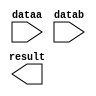
// megafunction wizard: %LPM_MULT%VBB%
// GENERATION: STANDARD
// VERSION: WM1.0
// MODULE: lpm_mult 

// ============================================================
// Megafunction Name(s):
// 			lpm_mult
//
// Simulation Library Files(s):
// 			lpm
// ============================================================
// ************************************************************
// THIS IS A WIZARD-GENERATED FILE. DO NOT EDIT THIS FILE!
//
// 17.0.0 Build 595 04/25/2017 SJ Lite Edition
// ************************************************************

//Copyright (C) 2017  Intel Corporation. All rights reserved.
//Your use of Intel Corporation's design tools, logic functions 
//and other software and tools, and its AMPP partner logic 
//functions, and any output files from any of the foregoing 
//(including device programming or simulation files), and any 
//associated documentation or information are expressly subject 
//to the terms and conditions of the Intel Program License 
//Subscription Agreement, the Intel Quartus Prime License Agreement,
//the Intel MegaCore Function License Agreement, or other 
//applicable license agreement, including, without limitation, 
//that your use is for the sole purpose of programming logic 
//devices manufactured by Intel and sold by Intel or its 
//authorized distributors.  Please refer to the applicable 
//agreement for further details.

module dsp_multiplier (
	dataa,
	datab,
	result);

	input	[7:0]  dataa;
	input	[7:0]  datab;
	output	[15:0]  result;

endmodule

// ============================================================
// CNX file retrieval info
// ============================================================
// Retrieval info: PRIVATE: AutoSizeResult NUMERIC "0"
// Retrieval info: PRIVATE: B_isConstant NUMERIC "0"
// Retrieval info: PRIVATE: ConstantB NUMERIC "0"
// Retrieval info: PRIVATE: INTENDED_DEVICE_FAMILY STRING "MAX 10"
// Retrieval info: PRIVATE: LPM_PIPELINE NUMERIC "0"
// Retrieval info: PRIVATE: Latency NUMERIC "0"
// Retrieval info: PRIVATE: SYNTH_WRAPPER_GEN_POSTFIX STRING "0"
// Retrieval info: PRIVATE: SignedMult NUMERIC "1"
// Retrieval info: PRIVATE: USE_MULT NUMERIC "1"
// Retrieval info: PRIVATE: ValidConstant NUMERIC "0"
// Retrieval info: PRIVATE: WidthA NUMERIC "8"
// Retrieval info: PRIVATE: WidthB NUMERIC "8"
// Retrieval info: PRIVATE: WidthP NUMERIC "16"
// Retrieval info: PRIVATE: aclr NUMERIC "0"
// Retrieval info: PRIVATE: clken NUMERIC "0"
// Retrieval info: PRIVATE: new_diagram STRING "1"
// Retrieval info: PRIVATE: optimize NUMERIC "2"
// Retrieval info: LIBRARY: lpm lpm.lpm_components.all
// Retrieval info: CONSTANT: LPM_HINT STRING "DEDICATED_MULTIPLIER_CIRCUITRY=YES,MAXIMIZE_SPEED=1"
// Retrieval info: CONSTANT: LPM_REPRESENTATION STRING "SIGNED"
// Retrieval info: CONSTANT: LPM_TYPE STRING "LPM_MULT"
// Retrieval info: CONSTANT: LPM_WIDTHA NUMERIC "8"
// Retrieval info: CONSTANT: LPM_WIDTHB NUMERIC "8"
// Retrieval info: CONSTANT: LPM_WIDTHP NUMERIC "16"
// Retrieval info: USED_PORT: dataa 0 0 8 0 INPUT NODEFVAL "dataa[7..0]"
// Retrieval info: USED_PORT: datab 0 0 8 0 INPUT NODEFVAL "datab[7..0]"
// Retrieval info: USED_PORT: result 0 0 16 0 OUTPUT NODEFVAL "result[15..0]"
// Retrieval info: CONNECT: @dataa 0 0 8 0 dataa 0 0 8 0
// Retrieval info: CONNECT: @datab 0 0 8 0 datab 0 0 8 0
// Retrieval info: CONNECT: result 0 0 16 0 @result 0 0 16 0
// Retrieval info: GEN_FILE: TYPE_NORMAL dsp_multiplier.v TRUE
// Retrieval info: GEN_FILE: TYPE_NORMAL dsp_multiplier.inc FALSE
// Retrieval info: GEN_FILE: TYPE_NORMAL dsp_multiplier.cmp FALSE
// Retrieval info: GEN_FILE: TYPE_NORMAL dsp_multiplier.bsf FALSE
// Retrieval info: GEN_FILE: TYPE_NORMAL dsp_multiplier_inst.v TRUE
// Retrieval info: GEN_FILE: TYPE_NORMAL dsp_multiplier_bb.v TRUE
// Retrieval info: LIB_FILE: lpm